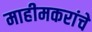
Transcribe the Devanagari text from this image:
माहीमकरांचे